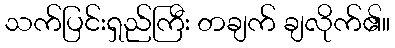
သက်ပြင်းရှည်ကြီး တချက် ချလိုက်၏။